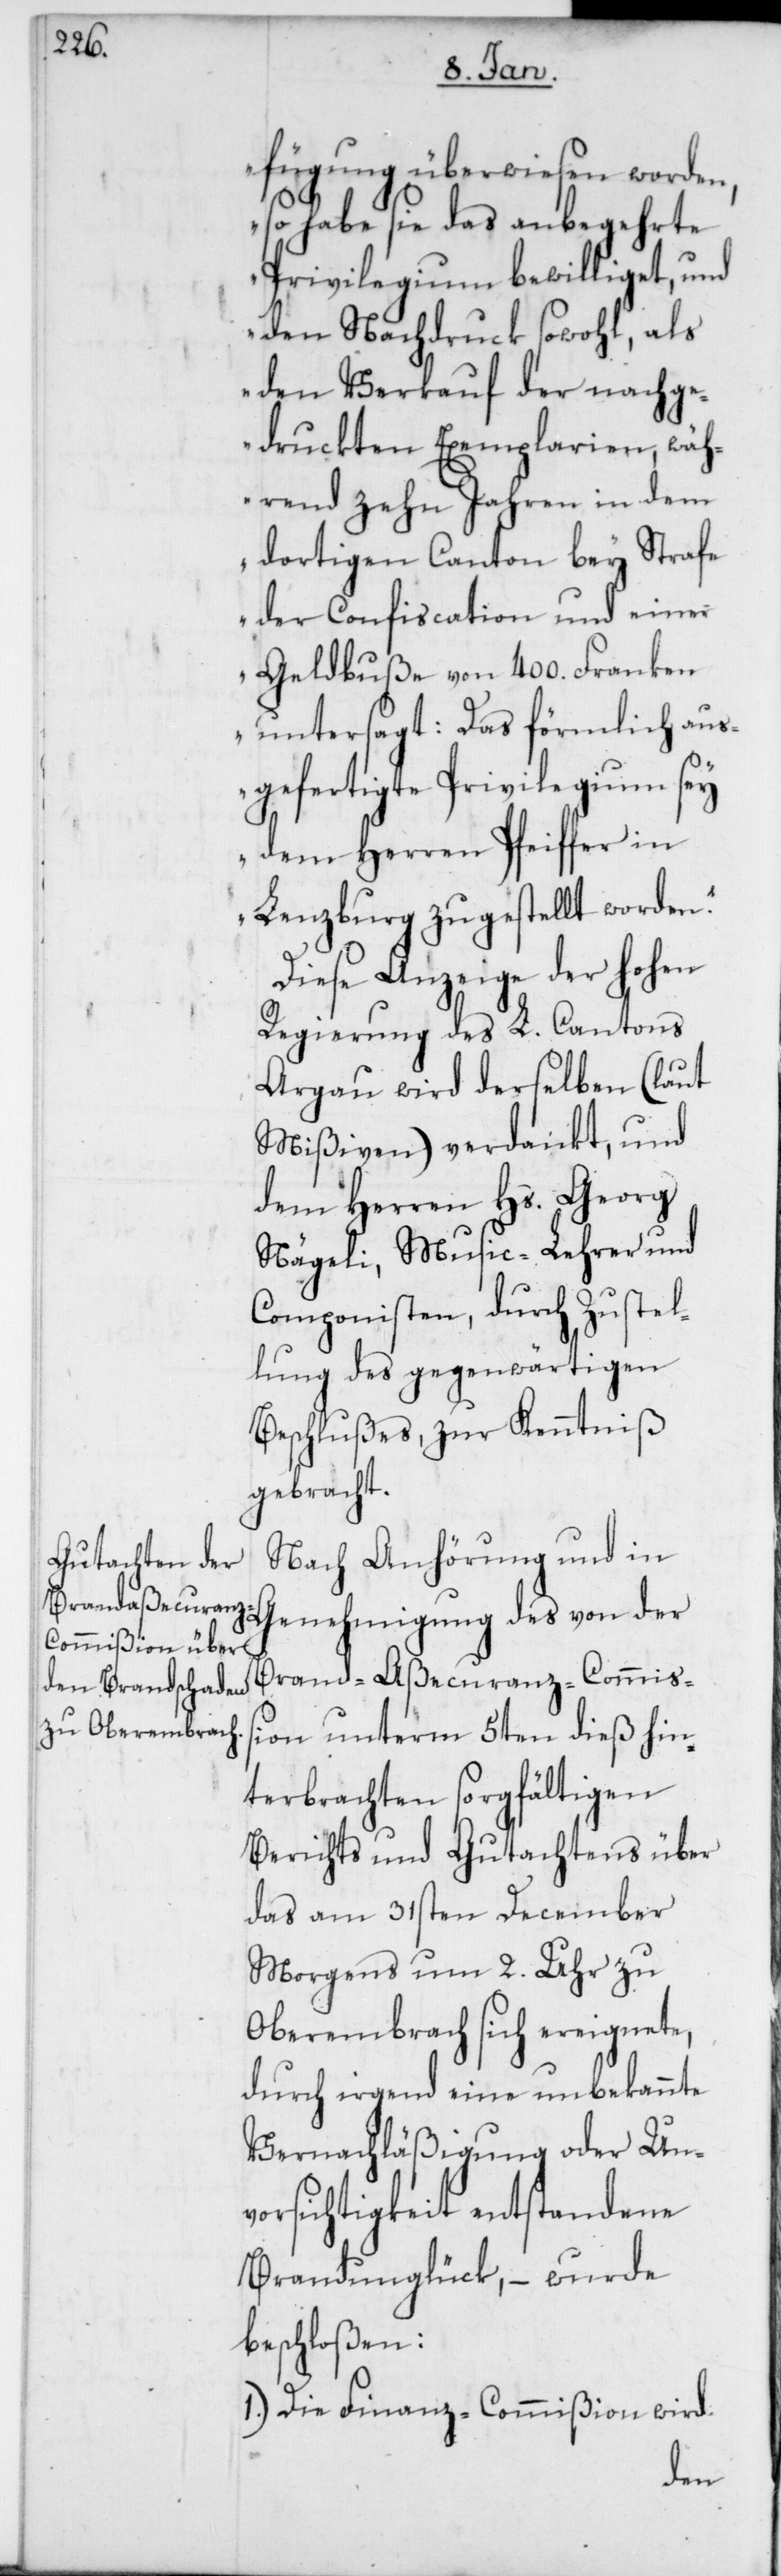
fügung überwiesen worden,
so habe sie das anbegehrte
Privilegium bewilliget, und
den Nachdruck sowohl, als
den Verkauf der nachge¬
druckten Exemplarien, wäh¬
rend zehn Jahren in dem
dortigen Canton bey Strafe
der Confiscation und einer
Geldbuße von 400. Franken
untersagt: Das förmlich aus¬
gefertigte Privilegium sey
dem Herren Pfeiffer in
Lenzburg zugestellt worden.“
Diese Anzeige der Hohen
Regierung des L. Cantons
Argau wird derselben (laut
Mißiven) verdankt, und
dem Herren Hs. Georg
Nägeli, Music-Lehrer und
Componisten, durch Zustel¬
lung des gegenwärtigen
Beschlußes, zur Kenntniß
gebracht.
Nach Anhörung und in
Genehmigung des von der
Brand-Aßecuranz-Commiß¬
ion unterm 5ten dieß hin¬
terbrachten sorgfältigen
Berichts und Gutachtens über
das am 31sten December
Morgens um 2. Uhr zu
Oberembrach sich ereignete,
durch irgend eine unbekannte
Vernachläßigung oder Un¬
vorsichtigkeit entstandene
Brandunglück, – wurde
beschloßen:
1.) Die Finanz-Commißion wird